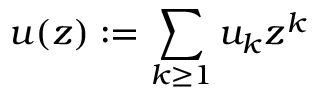
u ( z ) : = \sum _ { k \geq 1 } u _ { k } z ^ { k }